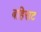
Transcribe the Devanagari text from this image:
बहिराट